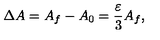
\Delta A = A _ { f } - A _ { 0 } = \frac { \varepsilon } { 3 } A _ { f } ,